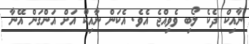
ނާއިކް ދެކެ ލޯބި ވެވިއްޖެ އެވެ. އެކަން ނާއިކް އަށް އަންގަން އޭނާ